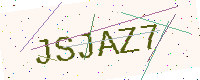
Text: JSJAZ7